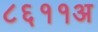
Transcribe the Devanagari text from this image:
८६११अ